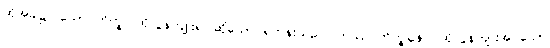
ထိုအခါ၌။ သော ဘိက္ခု၊ ထိုလွန်ကျူး၍ ဆိုသော ရဟန်းသည်။ တဿ ဘိက္ခုနော၊ ထိုလွန်ကျူးအပ်သော